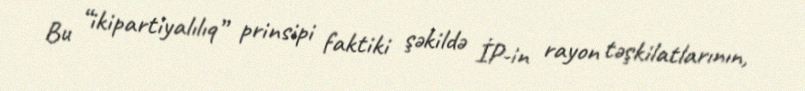
Bu “ikipartiyalılıq” prinsipi faktiki şəkildə İP-in rayon təşkilatlarının,